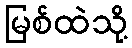
မြစ်ထဲသို့